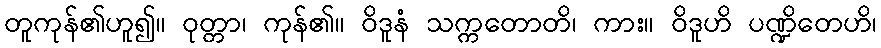
တူကုန်၏ဟူ၍။ ဝုတ္တာ၊ ကုန်၏။ ဝိဒူနံ သက္ကတောတိ၊ ကား။ ဝိဒူဟိ ပဏ္ဍိတေဟိ၊